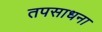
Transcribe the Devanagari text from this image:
तपसाधना